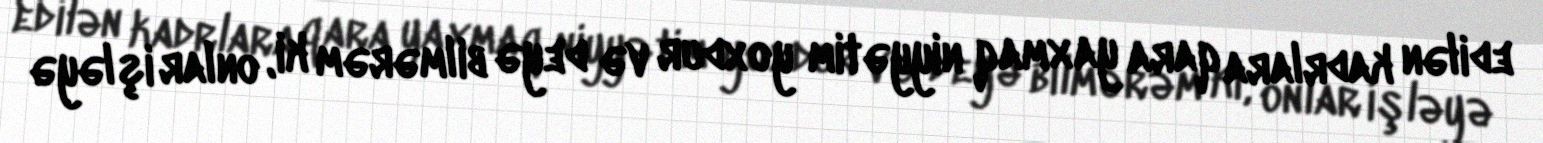
edilən kadrlara qara yaxmaq niyyətim yoxdur və deyə bilmərəm ki, onlar işləyə